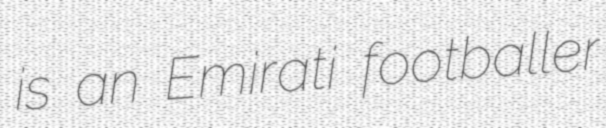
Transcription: is an Emirati footballer